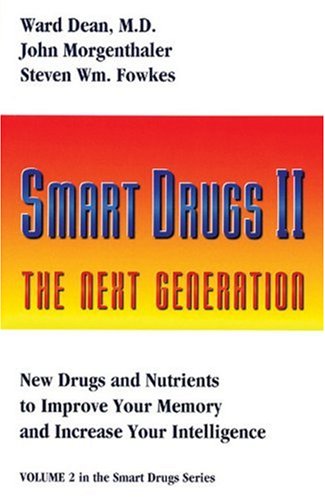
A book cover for Smart Drugs II (Smart Drug Series, V. 2); Ward Dean; Medical Books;